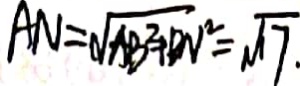
A N = \sqrt { A B ^ { 2 } + D N ^ { 2 } } = \sqrt { 1 7 }